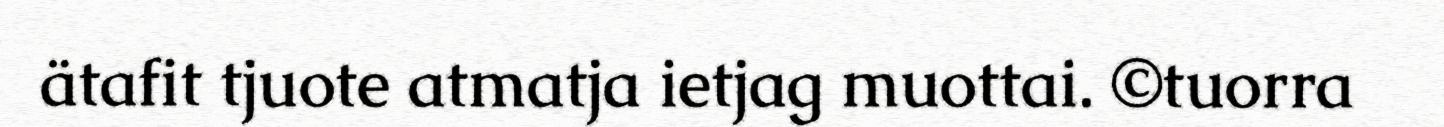
ätafit tjuote atmatja ietjag muottai. ©tuorra